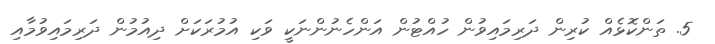
5. ތަންކޮޅެއް ކުރިން ދަރިމައިވުން ހުއްޓުން އަންހެނުންނަކީ ވަކި އުމުރަކަށް ދިއުމުން ދަރިމައިވުމާއި